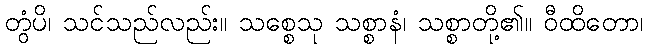
တွံပိ၊ သင်သည်လည်း။ သစ္စေသု သစ္စာနံ၊ သစ္စာတို့၏။ ဝီထိတော၊